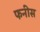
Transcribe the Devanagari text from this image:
फनीस